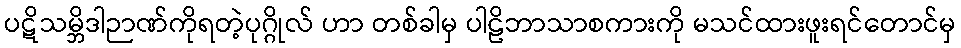
ပဋိသမ္ဘိဒါဉာဏ်ကိုရတဲ့ပုဂ္ဂိုလ် ဟာ တစ်ခါမှ ပါဠိဘာသာစကားကို မသင်ထားဖူးရင်တောင်မှ